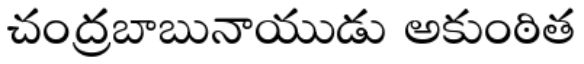
చంద్రబాబునాయుడు అకుంఠిత